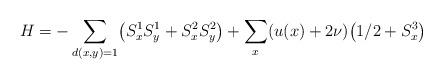
LaTeX: \begin{align*} H=-\sum_{d( x, y) =1} \bigl( S_x^1 S_y^1 +S_x^2 S_y^2 \bigr) +\sum_{x} (u(x)+2\nu) \bigl( 1/2 +S_x^3\bigr)\end{align*}